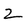
Character: 2